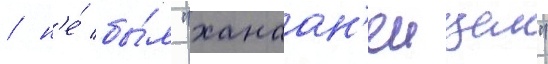
/ н'е́ бы́л "ханаан'еицем"